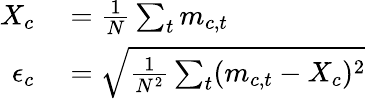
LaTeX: \begin{array}{rl}{X_{c}}&{{}=\frac{1}{N}\sum_{t}m_{c,t}}\\ {\epsilon_{c}}&{{}=\sqrt{\frac{1}{N^{2}}\sum_{t}(m_{c,t}-X_{c})^{2}}}\end{array}